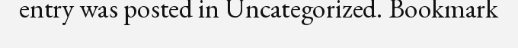
entry was posted in Uncategorized. Bookmark